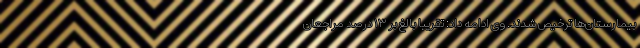
بیمارستان‌ها ترخیص شدند. وی ادامه داد: تقریبا بالغ بر ۱۳ درصد مراجعان